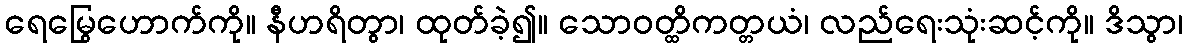
ရေမြွေဟောက်ကို။ နီဟရိတွာ၊ ထုတ်ခဲ့၍။ သောဝတ္ထိကတ္တယံ၊ လည်ရေးသုံးဆင့်ကို။ ဒိသွာ၊